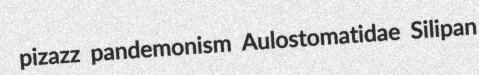
pizazz pandemonism Aulostomatidae Silipan